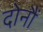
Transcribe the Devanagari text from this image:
दोनौं